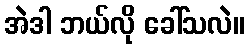
အဲဒါ ဘယ်လို ခေါ်သလဲ။